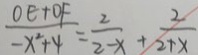
\frac { O E + O F } { - x ^ { 2 } + 4 } = \frac { 2 } { 2 - x } + \frac { 2 } { 2 + x }